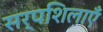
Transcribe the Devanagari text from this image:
सर्पशिलाएँ